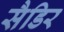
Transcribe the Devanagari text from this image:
सैडिर